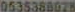
0535388028